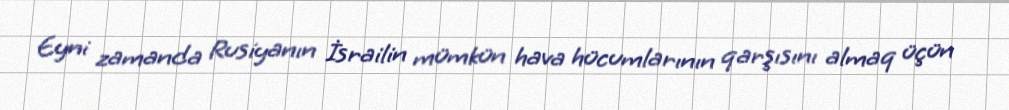
Eyni zamanda Rusiyanın İsrailin mümkün hava hücumlarının qarşısını almaq üçün